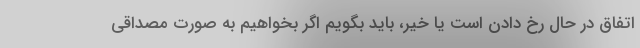
اتفاق در حال رخ دادن است یا خیر، باید بگویم اگر بخواهیم به صورت مصداقی